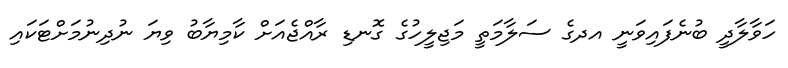
ހަވާލާދީ ބުނެފައިވަނީ އދގެ ސަލާމަތީ މަޖިލީހުގެ ގޮނޑި ރާއްޖެއަށް ކާމިޔާބު ވިޔަ ނުދިނުމަށްޓަކައި